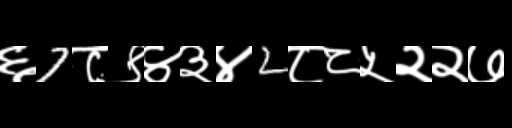
Text: ६7८९४३४2८८५२२७